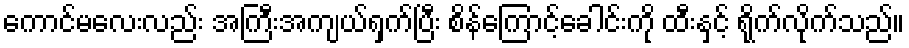
ကောင်မလေးလည်း အကြီးအကျယ်ရှက်ပြီး စိန်ကြောင့်ခေါင်းကို ထီးနှင့် ရိုက်လိုက်သည်။